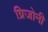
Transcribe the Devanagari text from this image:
ग्रिजोनी